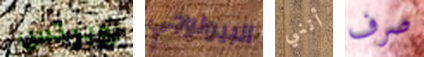
روبرتس البيولوجي أنني صرف